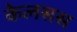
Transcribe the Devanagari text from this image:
केलसस